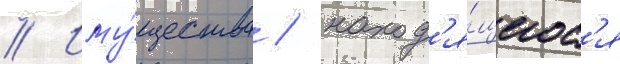
// Иму́щества / наход'я́щегос'я